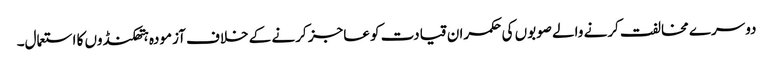
دوسرے مخالفت کرنے والے صوبوں کی حکمران قیادت کو عاجز کرنے کے خلاف آزمودہ ہتھکنڈوں کا استعمال۔